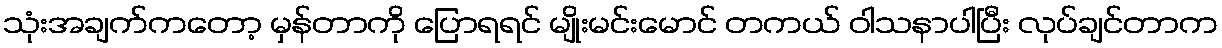
သုံးအချက်ကတော့ မှန်တာကို ပြောရရင် မျိုးမင်းမောင် တကယ် ဝါသနာပါပြီး လုပ်ချင်တာက